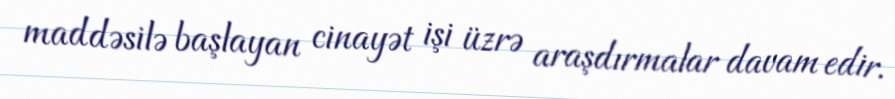
maddəsilə başlayan cinayət işi üzrə araşdırmalar davam edir.